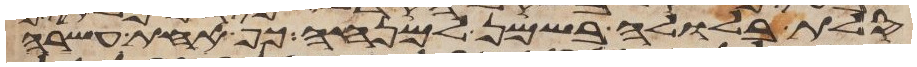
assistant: סלת בלולה בשמן למנחה כף אחת עשרה